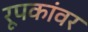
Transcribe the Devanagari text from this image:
रूपकांवर